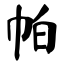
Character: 帕